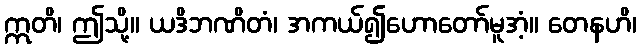
ဣတိ၊ ဤသို့။ ယဒိဘဏိတံ၊ အကယ်၍ဟောတော်မူအံ့။ တေနဟိ၊